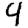
Digit: 4